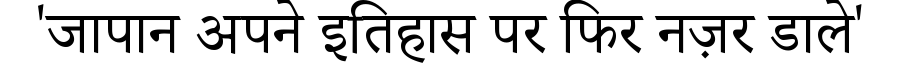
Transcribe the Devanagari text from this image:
'जापान अपने इतिहास पर फिर नज़र डाले'